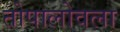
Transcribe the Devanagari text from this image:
तोपालोवला